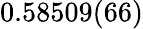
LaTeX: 0.58509(66)